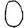
Digit: 0